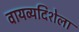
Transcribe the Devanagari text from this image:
वायव्यदिशेला